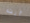
أنت